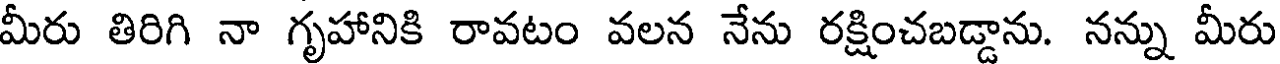
మీరు తిరిగి నా గృహానికి రావటం వలన నేను రక్షించబడ్డాను. నన్ను మీరు